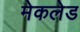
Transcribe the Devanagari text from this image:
मेकलेड